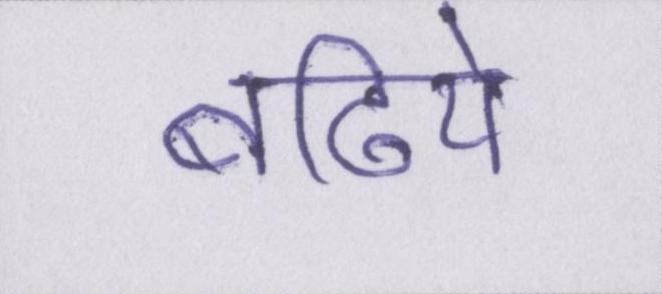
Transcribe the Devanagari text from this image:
बढिये